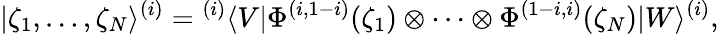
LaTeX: |\zeta_{1},\ldots,\zeta_{N}\rangle^{(i)}={}^{(i)}\langle V|\Phi^{(i,1-i)}(\zeta_{1})\otimes\cdots\otimes\Phi^{(1-i,i)}(\zeta_{N})|W\rangle^{(i)},